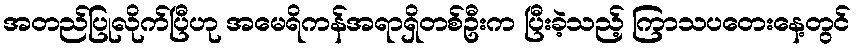
အတည်ပြုလိုက်ပြီဟု အမေရိကန်အရာရှိတစ်ဦးက ပြီးခဲ့သည့် ကြာသပတေးနေ့တွင်